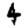
Digit: 4